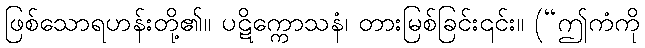
ဖြစ်သောရဟန်းတို့၏။ ပဋိက္ကောသနံ၊ တားမြစ်ခြင်း၎င်း။ (“ဤကံကို